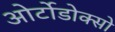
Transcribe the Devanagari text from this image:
ओर्टोडोक्सो